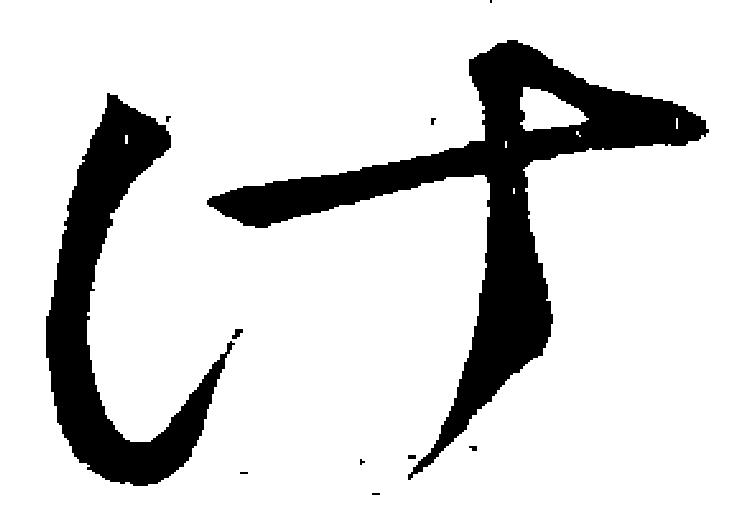
計